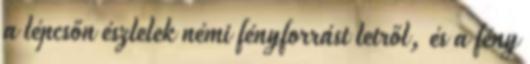
a lépcsőn észlelek némi fényforrást letről, és a fény